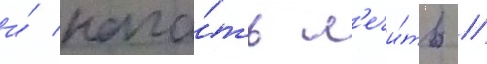
и́ нача́ть л'ечи́ть //